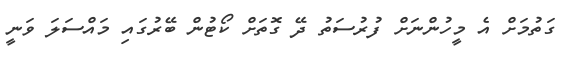
ގަތުމަށް އެ މީހުންނަށް ފުރުސަތު ދޭ ގޮތަށް ކޯޓުން ބޭރުގައި މައްސަލަ ވަނީ